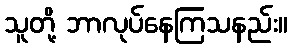
သူတို့ ဘာလုပ်နေကြသနည်း။